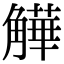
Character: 𧤻